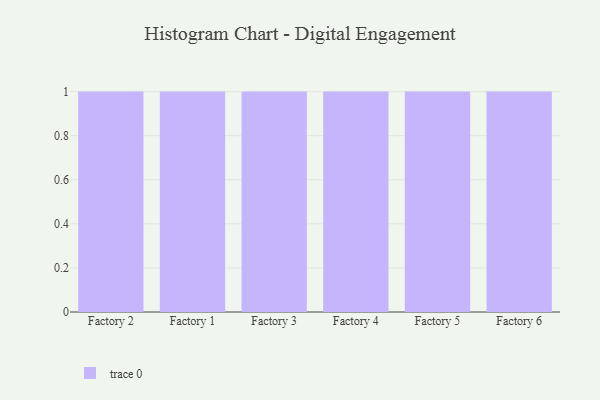
{"axis": {"x": "Factory", "y": "Market Share (%)"}, "legend": [""], "data": [{"x": "Factory 2", "y": 16, "type": ""}, {"x": "Factory 1", "y": 82, "type": ""}, {"x": "Factory 3", "y": 73, "type": ""}, {"x": "Factory 4", "y": 1, "type": ""}, {"x": "Factory 5", "y": 19, "type": ""}, {"x": "Factory 6", "y": 33, "type": ""}]}